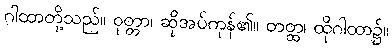
ဂါထာတို့သည်။ ဝုတ္တာ၊ ဆိုအပ်ကုန်၏။ တတ္ထ၊ ထိုဂါထာ၌။